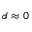
d \approx 0